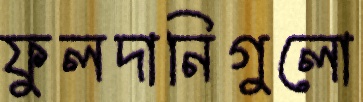
ফুলদানিগুলো